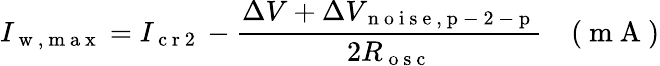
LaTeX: I_{\mathrm{~w~,~m~a~x~}}=I_{\mathrm{~c~r~2~}}-\frac{\Delta V+\Delta V_{\mathrm{~n~o~i~s~e~,~p~-~2~-~p~}}}{2R_{\mathrm{~o~s~c~}}}\quad(\mathrm{~m~A~})